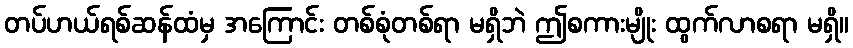
တပ်ဟယ်ရစ်ဆန်ထံမှ အကြောင်း တစ်စုံတစ်ရာ မရှိဘဲ ဤစကားမျိုး ထွက်လာစရာ မရှိ။